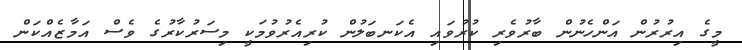
މީގެ އިރުރުން އަންހެނުން ބާރުވެރި ކުރުވައި އެކަނބަލުން ކުރިއެރުވުމަކީ މިސަރުކާރުގެ ވެސް އަމާޒެއްކަން